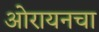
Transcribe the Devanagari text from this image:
ओरायनचा